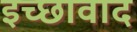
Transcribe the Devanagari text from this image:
इच्छावाद